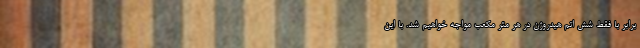
برابر با فقط شش اتم هیدروژن در هر متر مکعب مواجه خواهیم شد. با این